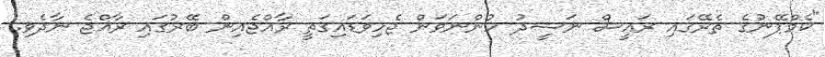
"ކެމްޕޭނުގެ ތެރޭގައި ރައީސް ނަޝީދު ހުންނަވަން ޖެހިވަޑައިގަތީ ރާއްޖެއިން ބޭރުގައި ރާއްޖެ ނާދެވި.